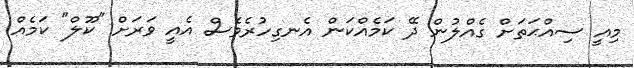
މިއީ ސިއްޙަތަށް ގެއްލުން ދޭ ކަމެއްކަން އެނގިހުރެވެސް އެއީ ވަރަށް "ކޫލް" ކަމެއް